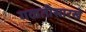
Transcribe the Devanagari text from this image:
गळतीसारखे